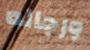
ورجاله